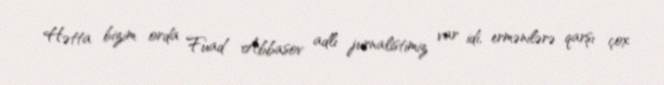
Hətta bizim orda Fuad Abbasov adlı jurnalistimiz var idi, ermənilərə qarşı çox